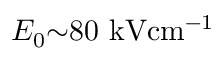
E _ { 0 } { \sim } 8 0 \ensuremath { ~ \mathrm { k V } \mathrm { c m } ^ { - 1 } }